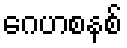
ဂေဟစနစ်